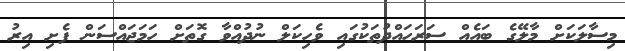
މިސާލަކަށް މާލޭގެ ބައެއް ސަރަހައްދުތަކުގައި ވެހިކަލް ނުދުއްވާ ގޮތަށް ހަމަޖައްސަން ފެށި އިރު